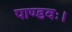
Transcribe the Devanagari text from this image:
पाण्डवः।